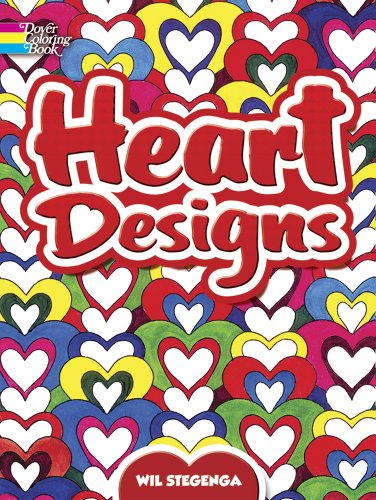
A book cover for Heart Designs (Dover Design Coloring Books); Wil Stegenga; Children's Books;